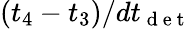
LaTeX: (t_{4}-t_{3})/dt_{\mathrm{~d~e~t~}}